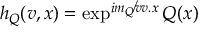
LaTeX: h _ { Q } ( v , x ) = \exp ^ { i m _ { Q } \not v v . x } Q ( x )